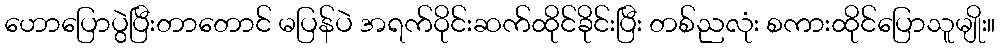
ဟောပြောပွဲပြီးတာတောင် မပြန်ပဲ အရက်ဝိုင်းဆက်ထိုင်ခိုင်းပြီး တစ်ညလုံး စကားထိုင်ပြောသူမျိုး။